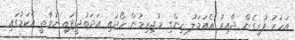
އަހަރު ފުރިގެން ދާއިރު އެއަމަލު ހިންގި މުޖިރިމުން ހޯދައި އަދަބުދީފައި ނުވާތީ އެކަމުގައި